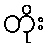
တိုး